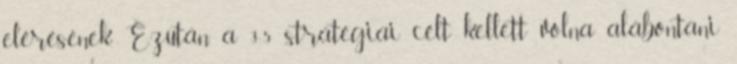
elérésének. Ezután a 3-5 stratégiai célt kellett volna alábontani